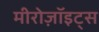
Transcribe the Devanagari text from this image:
मीरोज़ॉइट्स